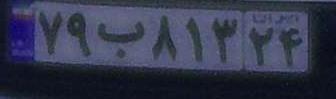
۷۹ب۸۱۳۲۴